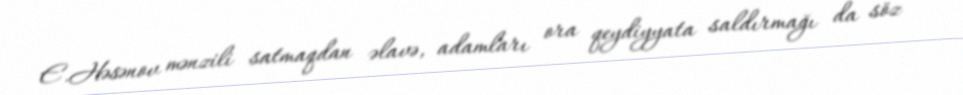
E.Həsənov mənzili satmaqdan əlavə, adamları ora qeydiyyata saldırmağı da söz